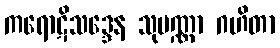
ကရောဋိသဒ္ဒေန သုပဏ္ဏာ ဂဟိတာ